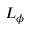
L _ { \phi }